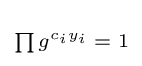
\scriptstyle \prod g^{c_{i}y_{i}}\;=\;1